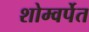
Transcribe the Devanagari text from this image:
शोम्वर्पेत